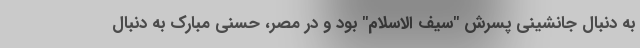
به دنبال جانشینی پسرش "سیف الاسلام" بود و در مصر، حسنی مبارک به دنبال